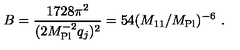
B = \frac { 1 7 2 8 \pi ^ { 2 } } { ( 2 M _ { \mathrm { P l } } ^ { - 2 } q _ { j } ) ^ { 2 } } = 5 4 ( M _ { 1 1 } / M _ { \mathrm { P l } } ) ^ { - 6 } \ .